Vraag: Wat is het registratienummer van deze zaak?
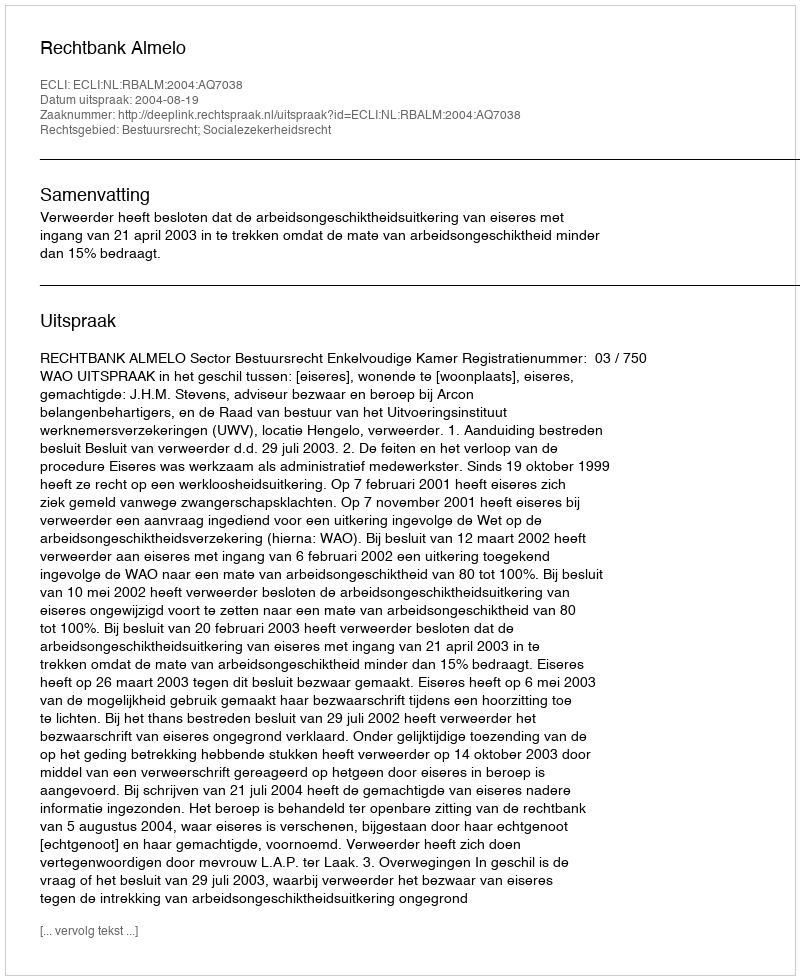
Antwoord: http://deeplink.rechtspraak.nl/uitspraak?id=ECLI:NL:RBALM:2004:AQ7038